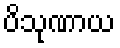
ပိသုဏာယ